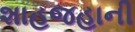
શાહજહાની